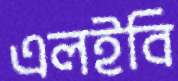
এলইবি